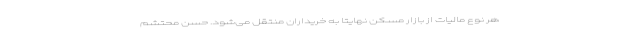
هر نوع مالیات از بازار مسکن نهایتا به خریداران منتقل می‌شود. حسن محتشم